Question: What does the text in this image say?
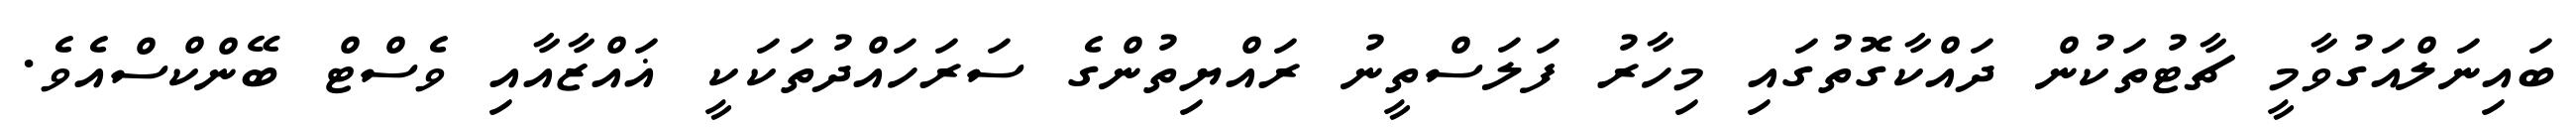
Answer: ބައިނަލްއަގުވާމީ ޗާޓުތަކުން ދައްކާގޮތުގައި މިހާރު ފަލަސްތީނު ރައްޔިތުންގެ ސަރަހައްދުތަކަކީ ޣައްޒާއާއި ވެސްޓް ބޭންކްސްއެވެ.